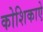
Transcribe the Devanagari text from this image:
कोशिकाऐ